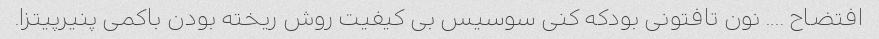
افتضاح …. نون تافتونی بودکه کنی سوسیس بی کیفیت روش ریخته بودن باکمی پنیرپیتزا.